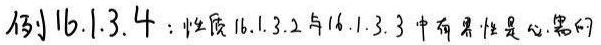
例16.1.3.4：性质16.1.3.2与16.1.3.3中有些性质是必需的